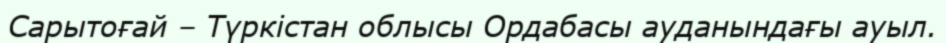
Сарытоғай – Түркістан облысы Ордабасы ауданындағы ауыл.